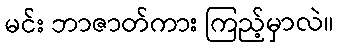
မင်း ဘာဇာတ်ကား ကြည့်မှာလဲ။